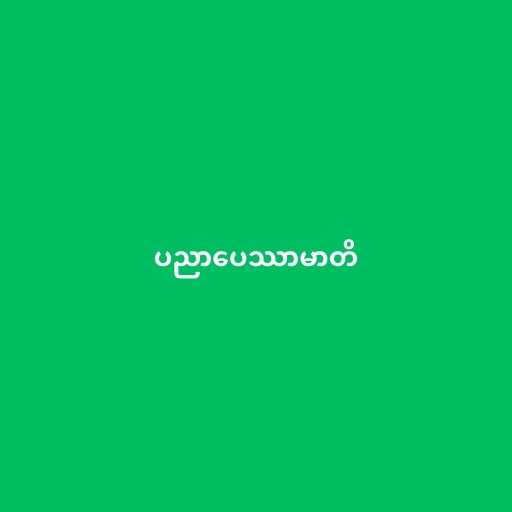
ပညာပေဿာမာတိ